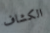
الكشاف